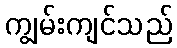
ကျွမ်းကျင်သည်